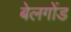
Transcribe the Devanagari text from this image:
बेलगोंड